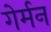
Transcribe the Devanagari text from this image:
गेर्मन